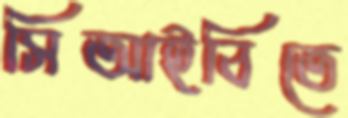
সিআইবিতে